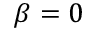
\beta = 0